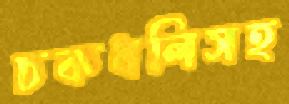
চকধলিসহ